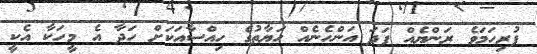
ފުރިހަމަވެ ރަންޔެއް ފަދަ އަންހެނެއް ހަޔާތުގެ ހިއްސާއަކަށް ހަދާ އެ މީހަކާ އެކީ